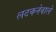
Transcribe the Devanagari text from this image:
लटकनेवाले